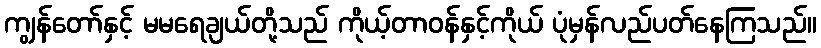
ကျွန်တော်နှင့် မမရေချယ်တို့သည် ကိုယ့်တာဝန်နှင့်ကိုယ် ပုံမှန်လည်ပတ်နေကြသည်။